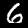
Label: 6